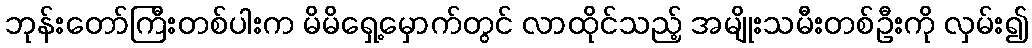
ဘုန်းတော်ကြီးတစ်ပါးက မိမိရှေ့မှောက်တွင် လာထိုင်သည့် အမျိုးသမီးတစ်ဦးကို လှမ်း၍